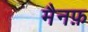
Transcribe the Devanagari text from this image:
मैनफ़